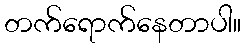
တက်ရောက်နေတာပါ။